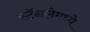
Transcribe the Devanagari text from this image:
स्टॅनलेमध्ये